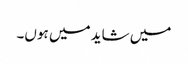
میں شاید میں ہوں۔